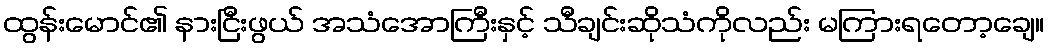
ထွန်းမောင်၏ နားငြီးဖွယ် အသံအောကြီးနှင့် သီချင်းဆိုသံကိုလည်း မကြားရတော့ချေ။